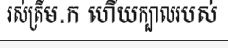
រស់ត្រឹម.ក ហើយក្បាលរបស់